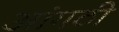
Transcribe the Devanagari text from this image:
आंगठी